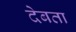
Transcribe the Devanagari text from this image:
देबता